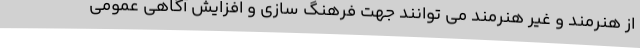
از هنرمند و غیر هنرمند می توانند جهت فرهنگ سازی و افزایش آگاهی عمومی